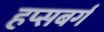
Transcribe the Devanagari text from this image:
हप्सबर्ग